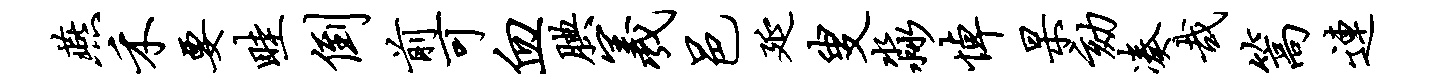
燕禾要畦倒前可血腆羲邑延叟淼悼杲劾凑哉篙连